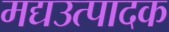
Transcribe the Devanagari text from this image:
मद्यउत्पादक